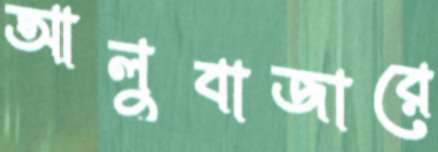
আলুবাজারে